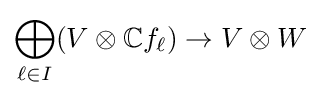
\bigoplus _{\ell \in I}(V\otimes \mathbb {C} f_{\ell })\rightarrow V\otimes W